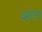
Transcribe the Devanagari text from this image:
झोंड